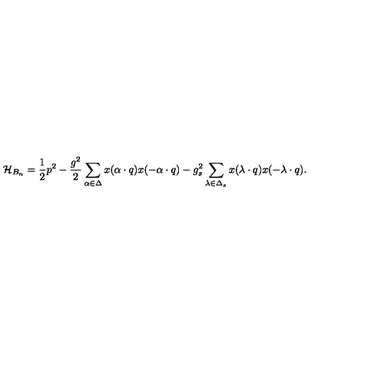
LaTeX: { \cal H } _ { B _ { n } } = { \frac { 1 } { 2 } } p ^ { 2 } - { \frac { g ^ { 2 } } { 2 } } \sum _ { \alpha \in \Delta } x ( \alpha \cdot q ) x ( - \alpha \cdot q ) - { g _ { s } ^ { 2 } } \sum _ { \lambda \in \Delta _ { s } } x ( \lambda \cdot q ) x ( - \lambda \cdot q ) .